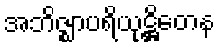
အဘိဇ္ဈာပရိယုဋ္ဌိတေန